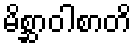
မိစ္ဆာဝါစာတိ